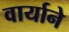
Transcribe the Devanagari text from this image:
वार्याने